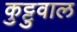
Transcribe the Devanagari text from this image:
कुट्टुवाल